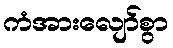
ကံအားလျော်စွာ